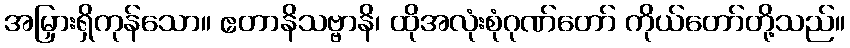
အမြှားရှိကုန်သော။ ဧတာနိသဗ္ဗာနိ၊ ထိုအလုံးစုံဂုဏ်တော် ကိုယ်တော်တို့သည်။